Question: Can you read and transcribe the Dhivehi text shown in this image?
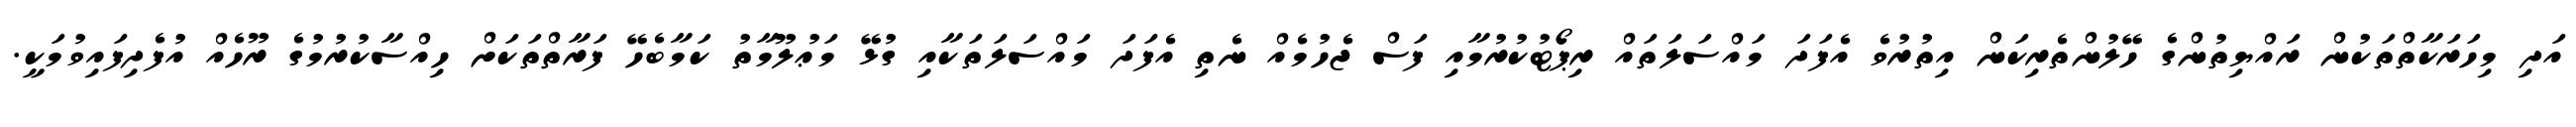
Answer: އަދި މިހަރަކާތްތަކުން ރައްޔިތުންގެ ހޭލުންތެރިކަން އިތުރުވެ އެފަދަ މައްސަލަތައް ރިޕޯޓުކުރުމާއި ފަސް ޖެހުމެއް ނެތި އެފަދަ މައްސަލަތަކާއި ގުޅޭ މަޢުލޫމާތު ކަމާބެހޭ ފަރާތްތަކަށް ހިއްސާކުރުމުގެ ރޫހެއް އުފެދިފައިވުމަކީ.